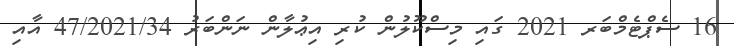
16 ސެޕްޓެމްބަރ 2021 ގައި މިސްކޫލުން ކުރި އިޢުލާން ނަންބަރު 47/2021/34 އާއި